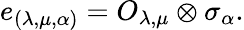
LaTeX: e_{(\lambda,\mu,\alpha)}=O_{\lambda,\mu}\otimes\sigma_{\alpha}.